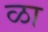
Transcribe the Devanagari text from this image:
ळा